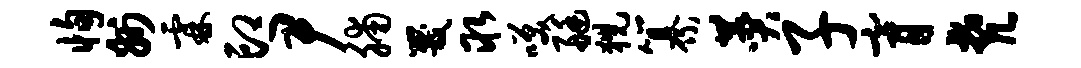
恂州霖印尹脯咒取笑艇猊纂赞子膏梵